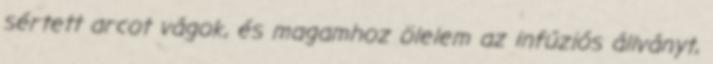
sértett arcot vágok, és magamhoz ölelem az infúziós állványt,